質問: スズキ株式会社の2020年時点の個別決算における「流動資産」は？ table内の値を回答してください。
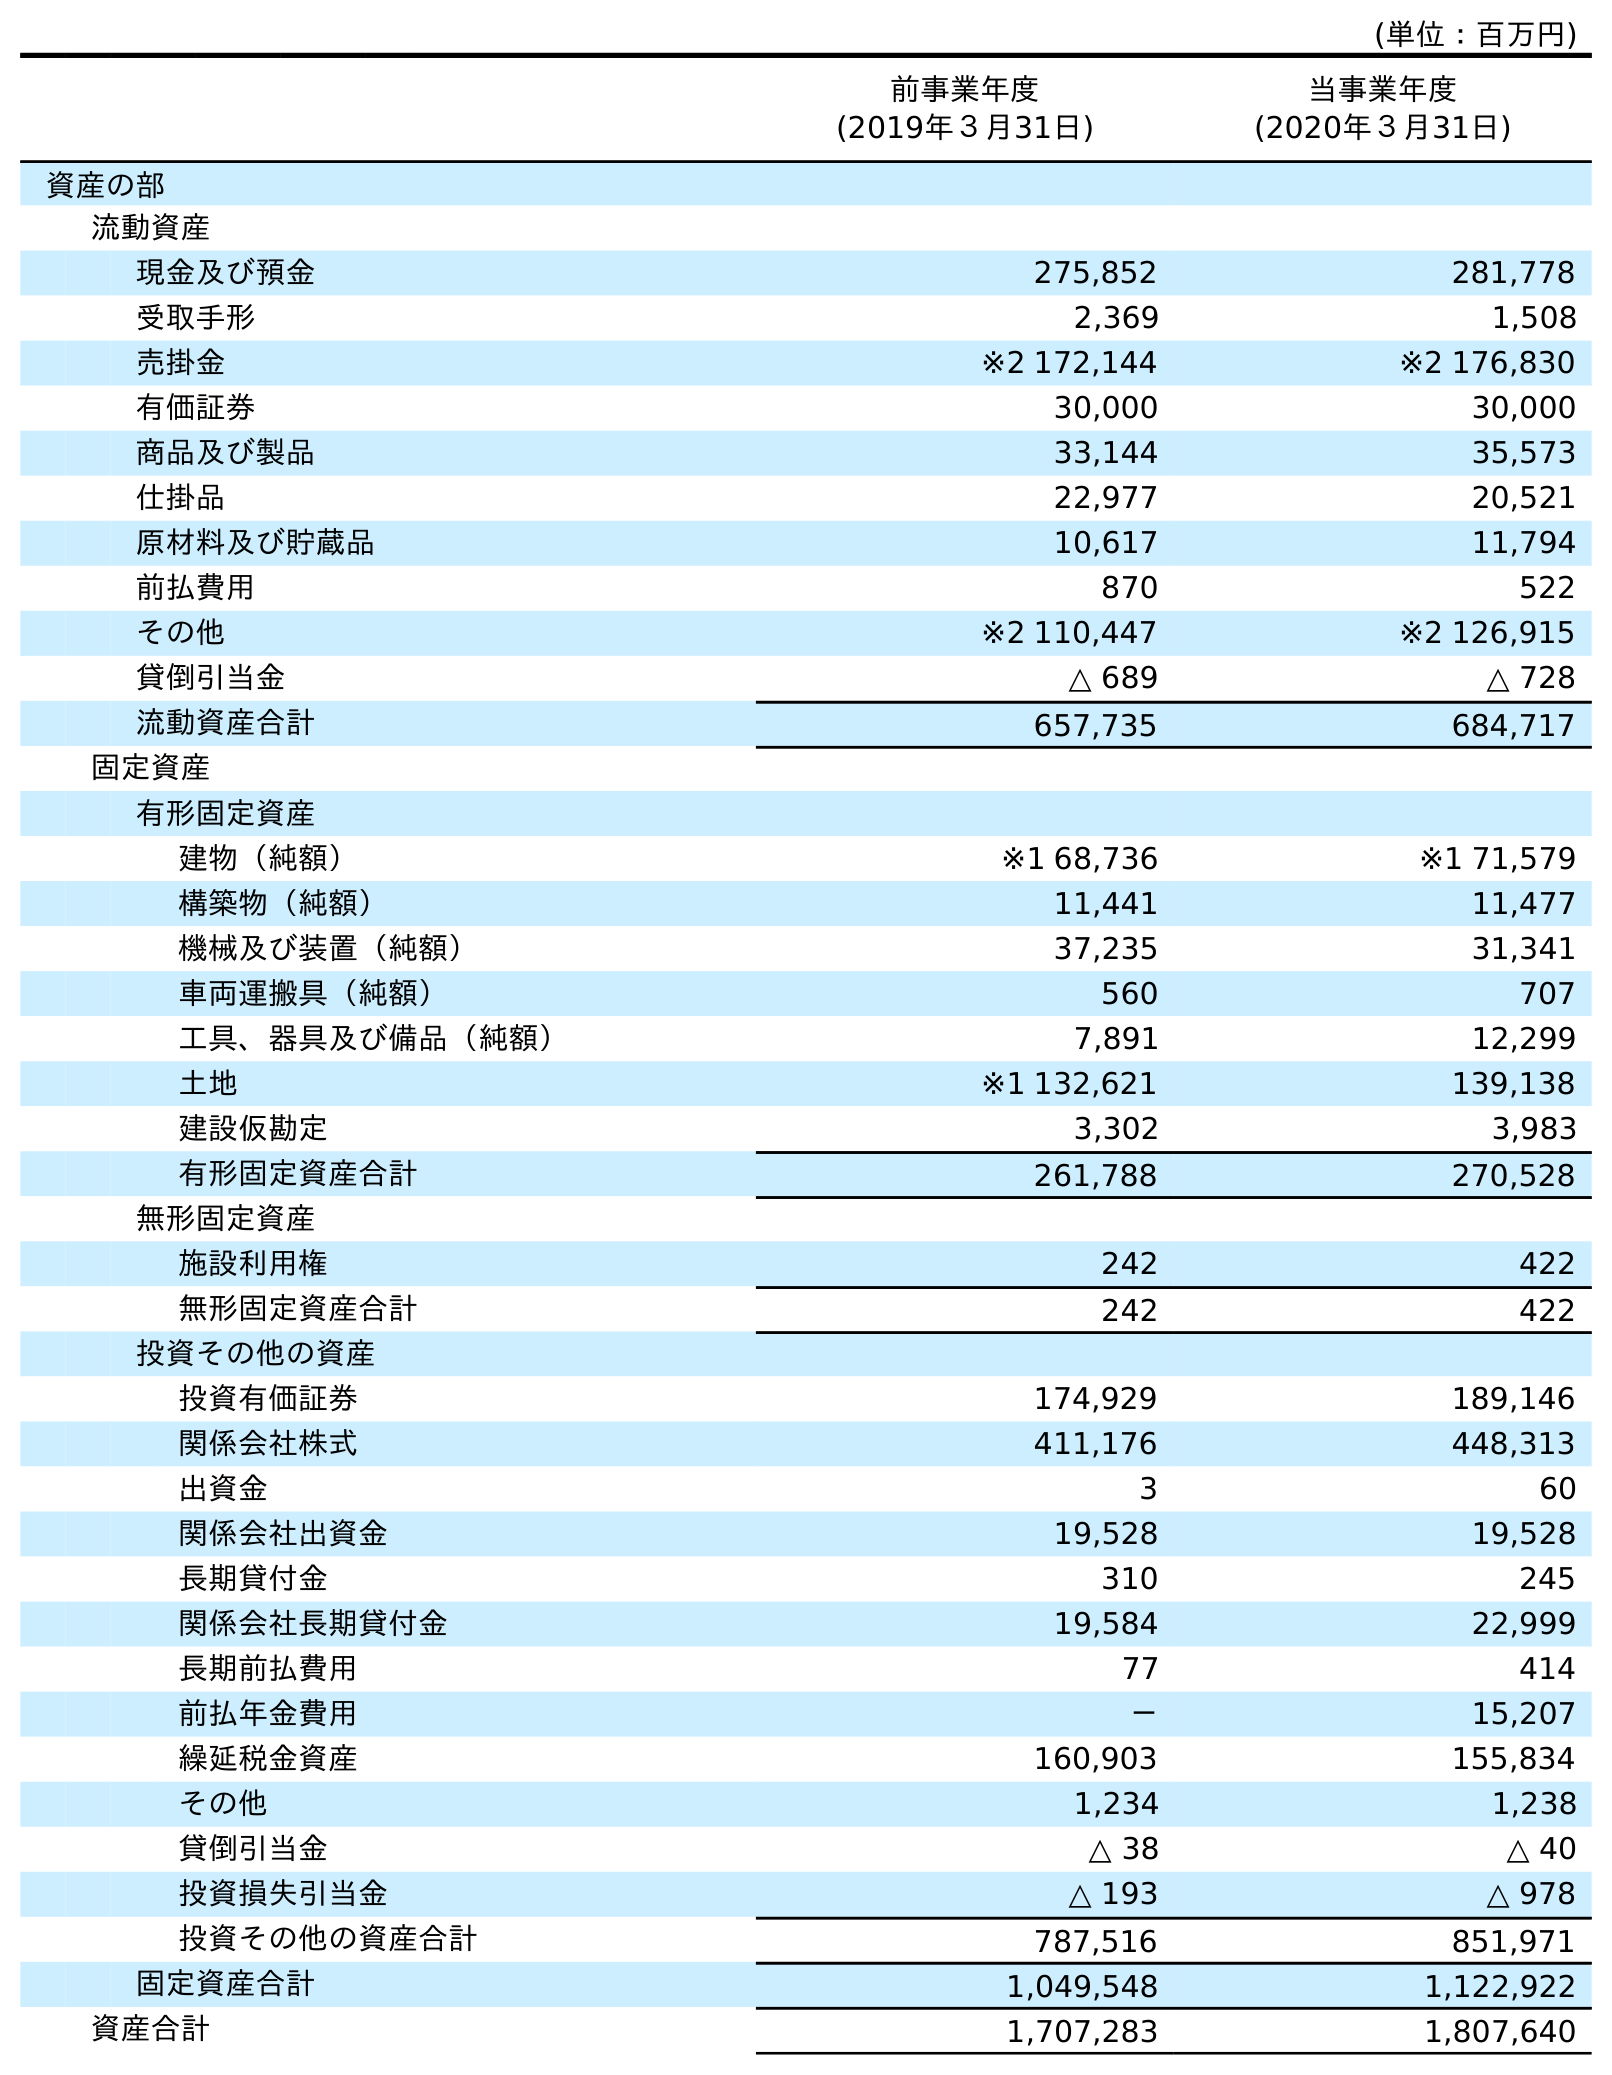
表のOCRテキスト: (単位：百万円) 前事業年度 (2019年３月31日) 当事業年度 (2020年３月31日) 資産の部 流動資産 現金及び預金 275,852 281,778 受取手形 2,369 1,508 売掛金 ※2 172,144 ※2 176,830 有価証券 30,000 30,000 商品及び製品 33,144 35,573 仕掛品 22,977 20,521 原材料及び貯蔵品 10,617 11,794 前払費用 870 522 その他 ※2 110,447 ※2 126,915 貸倒引当金 △ 689 △ 728 流動資産合計 657,735 684,717 固定資産 有形固定資産 建物（純額） ※1 68,736 ※1 71,579 構築物（純額） 11,441 11,477 機械及び装置（純額） 37,235 31,341 車両運搬具（純額） 560 707 工具、器具及び備品（純額） 7,891 12,299 土地 ※1 132,621 139,138 建設仮勘定 3,302 3,983 有形固定資産合計 261,788 270,528 無形固定資産 施設利用権 242 422 無形固定資産合計 242 422 投資その他の資産 投資有価証券 174,929 189,146 関係会社株式 411,176 448,313 出資金 3 60 関係会社出資金 19,528 19,528 長期貸付金 310 245 関係会社長期貸付金 19,584 22,999 長期前払費用 77 414 前払年金費用 － 15,207 繰延税金資産 160,903 155,834 その他 1,234 1,238 貸倒引当金 △ 38 △ 40 投資損失引当金 △ 193 △ 978 投資その他の資産合計 787,516 851,971 固定資産合計 1,049,548 1,122,922 資産合計 1,707,283 1,807,640
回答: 684,717